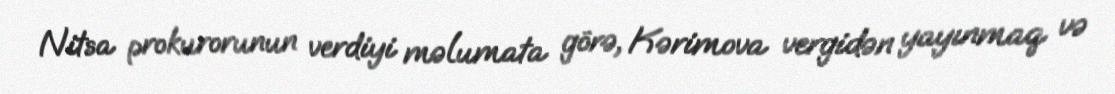
Nitsa prokurorunun verdiyi məlumata görə, Kərimova vergidən yayınmaq və